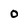
Character: o